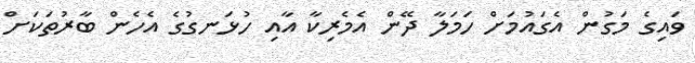
ވައިގެ މަގުން އެގައުމަށް ހަމަލާ ދޭން އެމެރިކާ އާއި ހުޅަނގުގެ އެހެން ބާރުތަކަށް